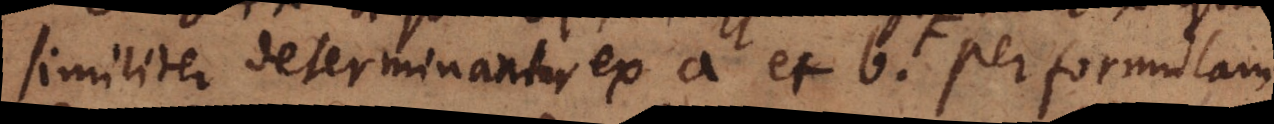
similiter determinantur ex a et b. ≠ per formulam